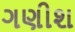
ગણીશ